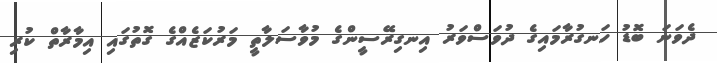
ދެވަނަ ބޮޑު ހަނގުރާމައިގެ ދުވަސްވަރު އިނގިރޭސީންގެ މުވާސަލާތީ މަރުކަޒެއްގެ ގޮތުގައި އިމާރާތް ކުރި